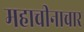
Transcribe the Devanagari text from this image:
महाचीनाचार